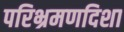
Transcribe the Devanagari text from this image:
परिभ्रमणदिशा